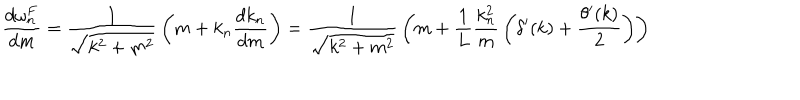
{ \frac { d \omega _ { n } ^ { F } } { d m } } = { \frac { 1 } { \sqrt { k ^ { 2 } + m ^ { 2 } } } } \left( m + k _ { n } { \frac { d k _ { n } } { d m } } \right) = { \frac { 1 } { \sqrt { k ^ { 2 } + m ^ { 2 } } } } \left( m + { \frac { 1 } { L } } { \frac { k _ { n } ^ { 2 } } { m } } \left( \delta ^ { \prime } ( k ) + { \frac { \theta ^ { \prime } ( k ) } { 2 } } \right) \right)